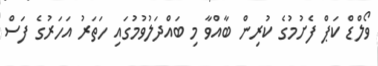
ވޯލްޑް ކަޕް ފެށުމުގެ ކުރިން ބާއްވާ މި ބައްދަލުވުމުގައި ހަތަރު އަހަރުގެ ފަސް